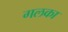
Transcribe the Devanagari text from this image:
गलका